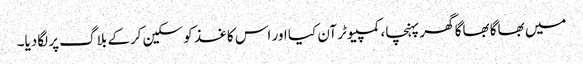
میں بھاگا بھاگا گھر پہنچا، کمپیوٹر آن کیا اور اس کاغذ کو سکین کرکے بلاگ پر لگادیا۔